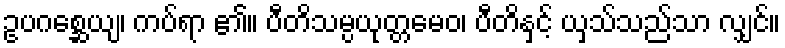
ဥပဂစ္ဆေယျ၊ ကပ်ရာ ၏။ ပီတိသမ္ပယုတ္တမေဝ၊ ပီတိနှင့် ယှသ်သည်သာ လျှင်။